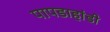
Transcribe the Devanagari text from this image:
पापडाहांडी